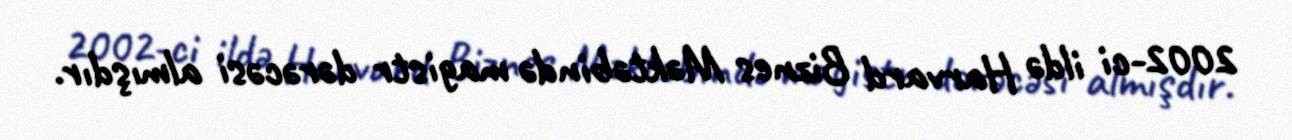
2002-ci ildə Harvard Biznes Məktəbində magistr dərəcəsi almışdır.